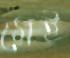
মেই